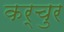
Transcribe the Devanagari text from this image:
कर्चुर